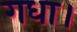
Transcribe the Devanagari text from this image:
गधा।